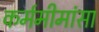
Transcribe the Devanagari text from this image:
कर्ममीमांसा